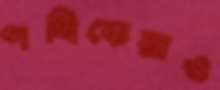
পথিকেরাও